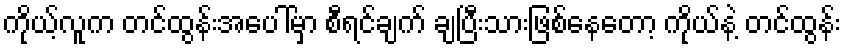
ကိုယ့်လူက တင်ထွန်းအပေါ်မှာ စီရင်ချက် ချပြီးသားဖြစ်နေတော့ ကိုယ်နဲ့ တင်ထွန်း